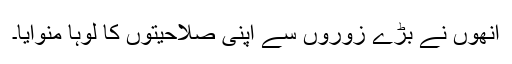
انھوں نے بڑے زوروں سے اپنی صلاحیتوں کا لوہا منوایا۔